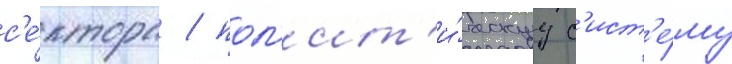
с'е́ктора / пол'ит'и́ческуу с'ист'е́му